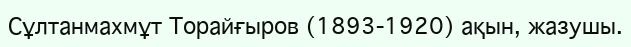
Сұлтанмахмұт Tорайғыров (1893-1920) ақын, жазушы.